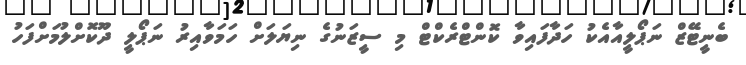
ބެނީޓޭޒް ނަޕޯލީއާއެކު ހަދާފައިވާ ކޮންޓްރެކްޓް މި ސީޒަނުގެ ނިޔަލަށް ހަމަވާއިރު ނަޕޯލީ ދޫކޮށްލުމަށްފަހު